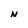
Character: N